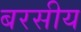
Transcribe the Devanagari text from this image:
बरसीय